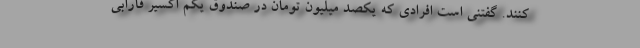
کنند. گفتنی است افرادی که یکصد میلیون تومان در صندوق یکم اکسیر فارابی